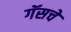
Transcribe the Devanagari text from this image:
गॅसचे